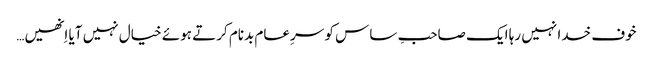
خوف خدا نہیں رہا ایک صاحبِ ساس کو سرِعام بدنام کرتے ہوئے خیال نہیں آیا اِنھیں…